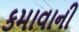
કમાવાની